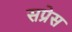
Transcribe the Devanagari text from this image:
सप्रेस